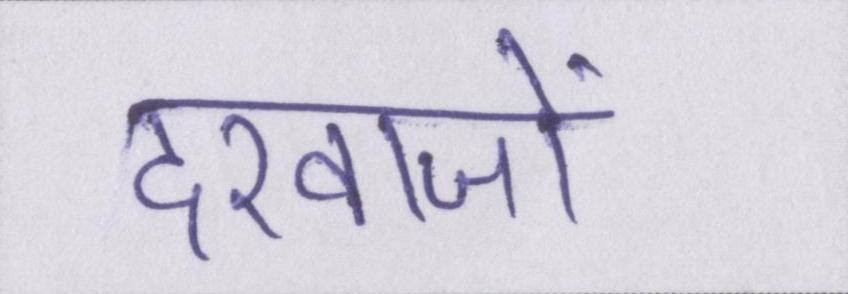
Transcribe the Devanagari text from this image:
दरवाजों